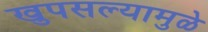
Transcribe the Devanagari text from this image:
खुपसल्यामुळे